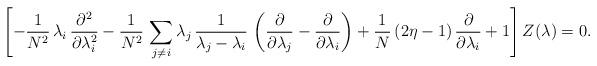
LaTeX: \begin{align*} \left[-\frac{1}{N^2}\,\lambda _i\,\frac{\partial ^2}{\partial \lambda_i^2} -\frac{1}{N^2}\,\sum_{j\neq i}\lambda _j\,\frac{1}{\lambda _j-\lambda _i}\,\left(\frac{\partial}{\partial \lambda _j}- \frac{\partial }{\partial \lambda _i}\right) +\frac{1}{N}\,(2\eta -1)\,\frac{\partial }{\partial \lambda _i}+1\right]Z(\lambda )=0.\end{align*}